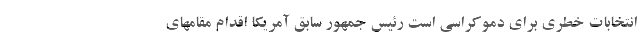
انتخابات خطری برای دموکراسی است رئیس جمهور سابق آمریکا اقدام مقامهای